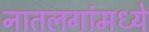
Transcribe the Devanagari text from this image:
नातलगांमध्ये